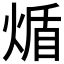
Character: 𬊮